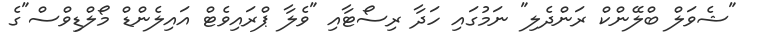
"ޝެވަލް ބްލޭންކް ރަންދެލި" ނަމުގައި ހަދާ ރިސޯޓާއި "ވެލާ ޕްރައިވެޓް އައިލެންޑް މޯލްޑިވްސް"ގެ